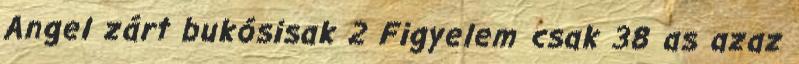
Angel zárt bukósisak 2 Figyelem csak 38 as azaz